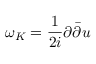
\omega _ { K } = \frac { 1 } { 2 i } \partial { \bar { \partial } } u